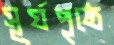
সূর্যপৃষ্ঠে